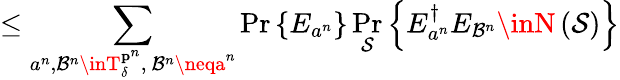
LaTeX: \leq\sum_{a^{n},\mathcal{B}^{n}\inT_{\delta}^{\mathbf{{p}}^{n}},\ \mathcal{B}^{n}\neqa^{n}}\operatorname*{Pr}\left\{ E_{a^{n}}\right\} \operatorname*{Pr}_{\mathcal{{S}}}\left\{ E_{a^{n}}^{\dagger}E_{\mathcal{B}^{n}}\inN\left({\mathcal{{S}}}\right)\right\}